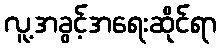
လူ့အခွင့်အရေးဆိုင်ရာ